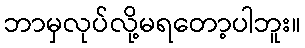
ဘာမှလုပ်လို့မရတော့ပါဘူး။